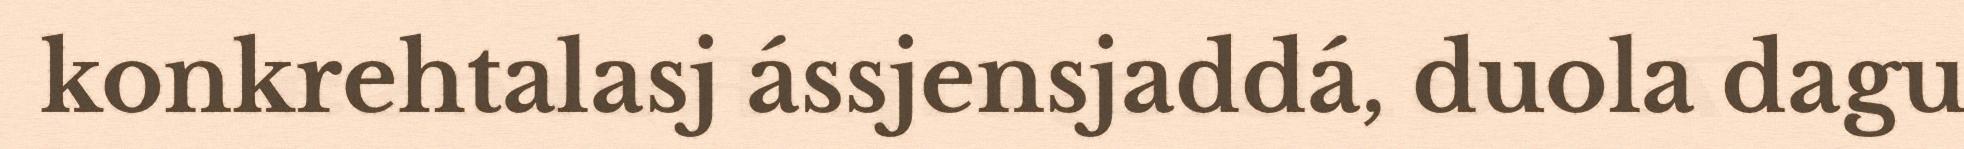
konkrehtalasj ássjensjaddá, duola dagu